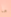
ما